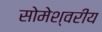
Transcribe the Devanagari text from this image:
सोमेश्वरीय